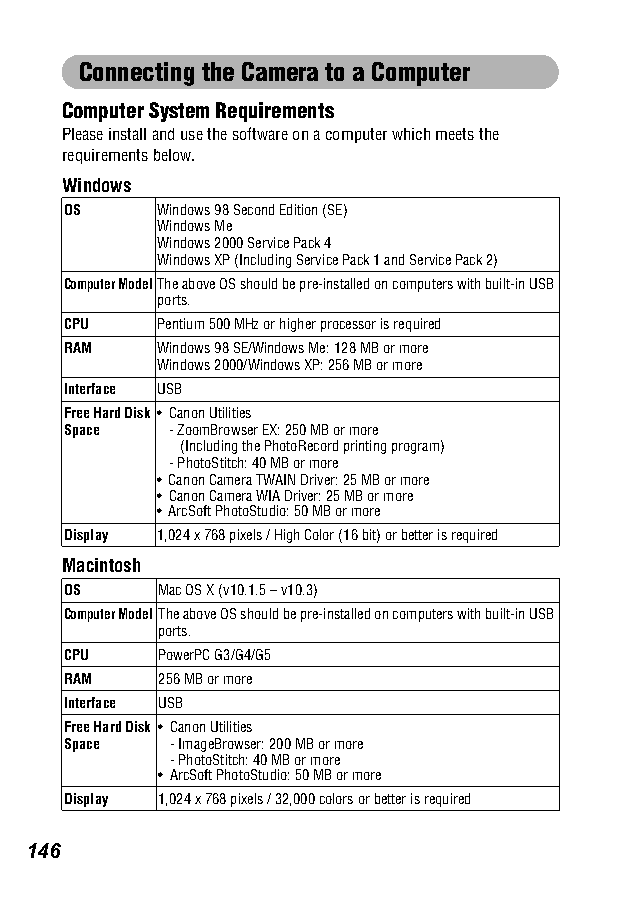
Connecting the Camera to a Computer
 Computer System Requirements
 Please install and use the software on a computer which meets the
 requirements below.
 Windows
 OS    Windows 98 Second Edition (SE)
 Windows Me
 Windows 2000 Service Pack 4
 Windows XP (Including Service Pack 1 and Service Pack 2)
 Computer ModelThe above OS should be pre-installed on computers with built-in USB
 ports.
 CPU   Pentium 500 MHz or higher processor is required
 RAM   Windows 98 SE/Windows Me: 128 MB or more
 Windows 2000/Windows XP: 256 MB or more
 Interface USB
 Free Hard Disk • Canon Utilities
 Space  - ZoomBrowser EX: 250 MB or more
 (Including the PhotoRecord printing program)
 - PhotoStitch: 40 MB or more
 • Canon Camera TWAIN Driver: 25 MB or more
 • Canon Camera WIA Driver: 25 MB or more
 • ArcSoft PhotoStudio: 50 MB or more
 Display 1,024 x 768 pixels / High Color (16 bit) or better is required
 Macintosh
 OS    Mac OS X (v10.1.5 – v10.3)
 Computer ModelThe above OS should be pre-installed on computers with built-in USB
 ports.
 CPU   PowerPC G3/G4/G5
 RAM   256 MB or more
 Interface USB
 Free Hard Disk • Canon Utilities
 Space  - ImageBrowser: 200 MB or more
 - PhotoStitch: 40 MB or more
 • ArcSoft PhotoStudio: 50 MB or more
 Display 1,024 x 768 pixels / 32,000 colors or better is required
 146